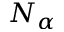
N _ { \alpha }